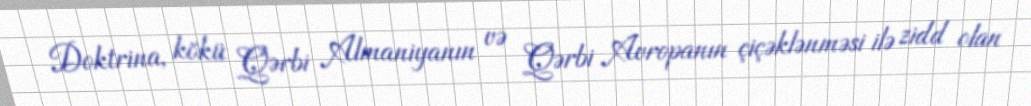
Doktrina, kökü Qərbi Almaniyanın və Qərbi Avropanın çiçəklənməsi ilə zidd olan